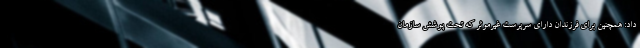
داد: همچنین برای فرزندان دارای سرپرست غیرموثر که تحت پوشش سازمان